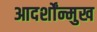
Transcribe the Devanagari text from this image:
आदर्शोंन्मुख